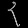
Digit: ၃